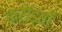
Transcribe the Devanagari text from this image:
करोड़वाँ